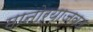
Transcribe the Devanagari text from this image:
मानोऱ्याजवळ